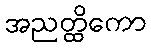
အညတ္ထိကော